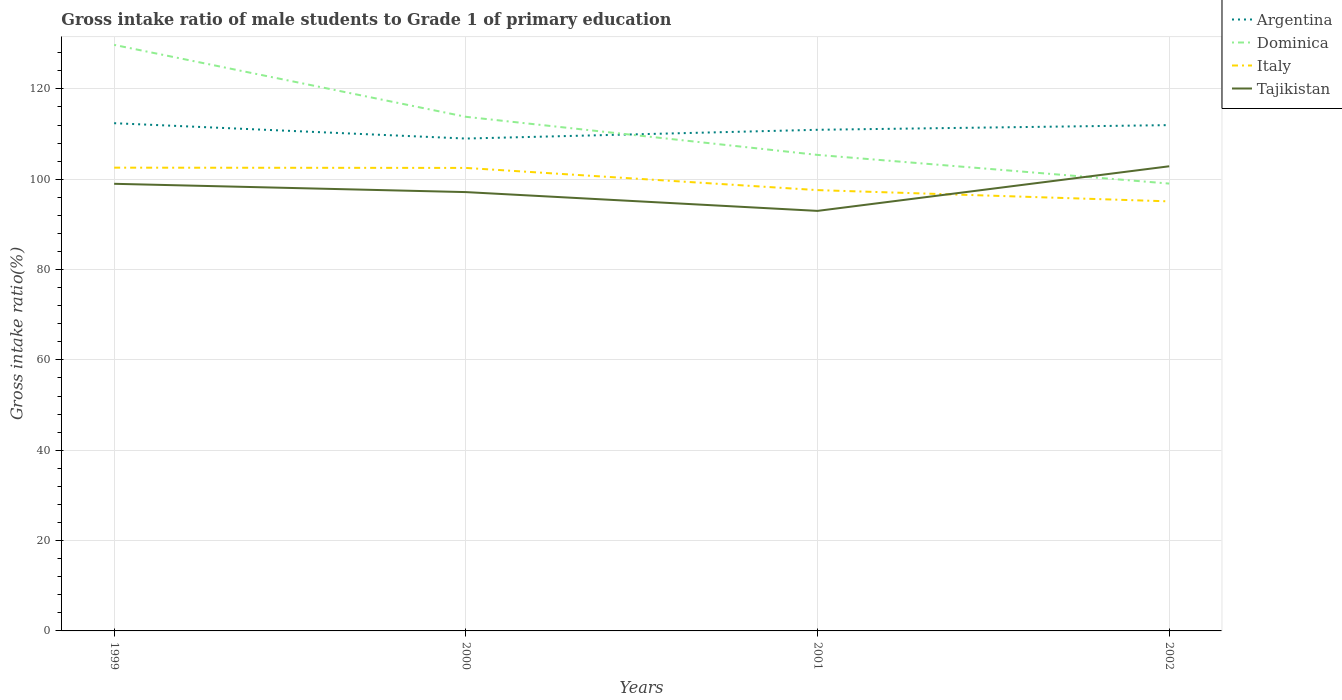
| Years | Argentina | Dominica | Italy | Tajikistan |
 | --- | --- | --- | --- | --- |
 | 1999 | 112 | 130 | 103 | 99 |
 | 2000 | 109 | 114 | 103 | 97.2 |
 | 2001 | 111 | 105 | 97.6 | 93 |
 | 2002 | 112 | 99 | 95.1 | 103 |